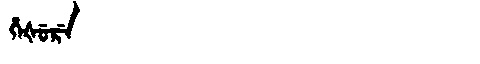
Manchu: ᡥᡝᡧᡠᡵᡝ
Romanization: HEŠURE